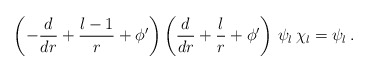
\begin{align*}\left(-\frac{d}{dr} + \frac{l-1}{r} + \phi^{\prime}\right)\left(\frac{d}{dr} + \frac{l}{r} + \phi^{\prime}\right)\,\psi_l\,\chi_l = \psi_l\,.\end{align*}